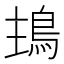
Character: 𩿢